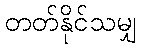
တတ်နိုင်သမျှ